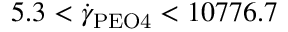
5 . 3 < \dot { \gamma } _ { \mathrm { P E O 4 } } < 1 0 7 7 6 . 7